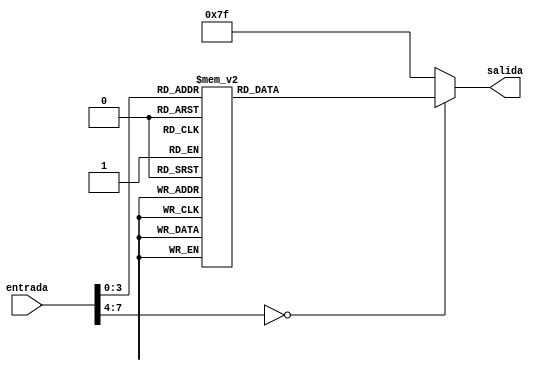

module deco_7seg (
input [7:0] entrada,
output reg [6:0] salida
);

always @(*) begin
    case (entrada)
	0: salida = 7'b0111111;
	1: salida = 7'b0000110;
	2: salida = 7'b1011011;
	3: salida = 7'b1001111;
	4: salida = 7'b1100110;
	5: salida = 7'b1101101;
	6: salida = 7'b1111000;
	7: salida = 7'b0000111;
	8: salida = 7'b1111111;
	9: salida = 7'b1100111;
	10: salida =7'b1110111;
	11: salida =7'b1111100;
	12: salida =7'b1011000;
	13: salida =7'b1011110;
	14: salida =7'b1111001;
	15: salida =7'b1110001;
	default: salida = 7'b1111111;
endcase
end
endmodule